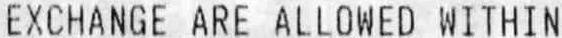
EXCHANGE ARE ALLOWED WITHIN